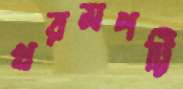
খরমপট্টি